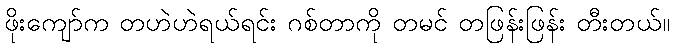
ဖိုးကျော်က တဟဲဟဲရယ်ရင်း ဂစ်တာကို တမင် တဖြန်းဖြန်း တီးတယ်။